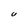
Character: U